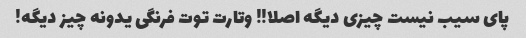
پاى سیب نیست چیزى دیگه اصلا!! وتارت توت فرنگى یدونه چیز دیگه!